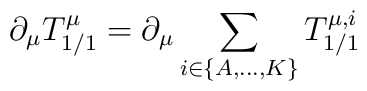
\partial_{\mu} T_{1/1}^{\mu} = \partial_{\mu}\sum_{i\in \{A,\ldots, K\}}T_{1/1}^{\mu,i}